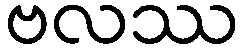
ဗလဿ